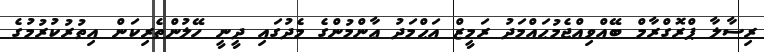
ރިސާލާ ޕްރޮގްރާމް ބޭއްވިއްޖެމުޙައްމަދު ރަމީޒް އަޙްމަދު ޢާންމުންގެ މެދުގައި ދީނީ ހޭލުންތެރިކަން އިތުރުކުރުމުގެ